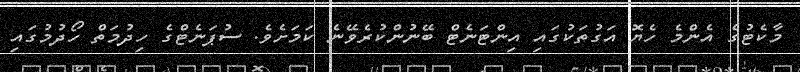
މާކެޓުގެ އެންމެ ހެޔޮ އަގުތަކުގައި އިންޓަނެޓް ބޭނުންކުރެވޭނެ ކަމަށެވެ. ސުޕަނެޓްގެ ހިދުމަތް ހޯދުމުގައި